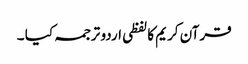
قرآن کریم کا لفظی اردو ترجمہ کیا ۔